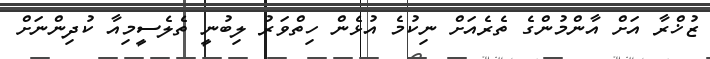
ޒުޚްރާ އަށް އާންމުންގެ ތެެރެއަށް ނިކުމެ އުޅެން ހިތްވަރު ލިބުނީ ތެލެސީމިއާ ކުދިންނަށް